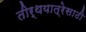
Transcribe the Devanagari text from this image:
तीर्थयात्रेसाठी